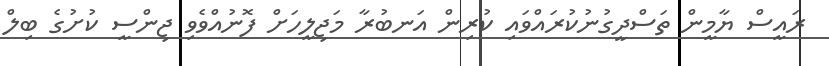
ރައީސް ޔާމީން ތަސްދީގުނުކުރައްވައި ކުރިން އަނބުރާ މަޖިލީހަށް ފޮނުއްވެވި ޖިންސީ ކުށުގެ ބިލް